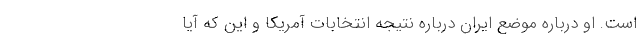
است. او درباره موضع ایران درباره نتیجه انتخابات آمریکا و این که آیا